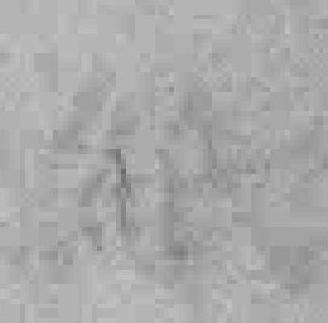
紙